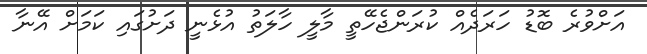
އަށްވުރެ ބޮޑު ހަރަދެއް ކުރަންޖެހޭތީ މާލީ ހާލަތު އުޅެނީ ދަށުގައި ކަމަށް އޭނާ